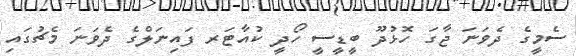
ސެމީގެ ދެވަނަ ޖާގަ ހޮޅުދޫ ބީޑީސީ ހޯދީ ކުއާޓަރ ފައިނަލްގެ ދެވަނަ މެޗުގައި